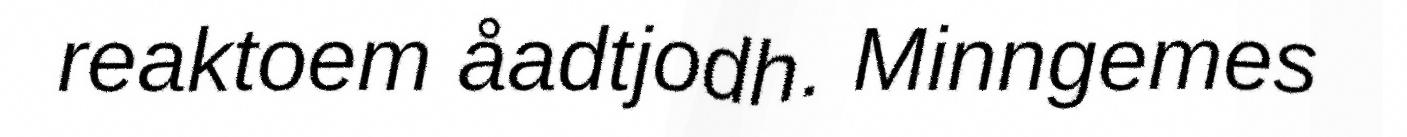
reaktoem åadtjodh. Minngemes